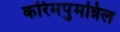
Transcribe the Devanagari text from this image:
करिमपुमन्निल